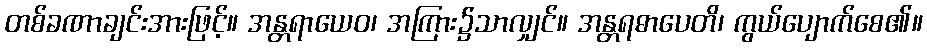
တစ်ခဏာချင်းအားဖြင့်။ အန္တရာယေဝ၊ အကြား၌သာလျှင်။ အန္တရဓာပေတိ၊ ကွယ်ပျောက်စေ၏။